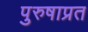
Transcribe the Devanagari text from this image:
पुरुषाप्रत